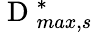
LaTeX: \mathrm{~D~}_{max,s}^{*}